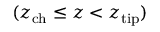
( z _ { \mathrm { c h } } \leq z < z _ { \mathrm { t i p } } )